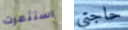
استثمرت حاجتي